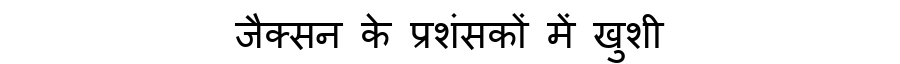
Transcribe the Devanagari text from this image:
जैक्सन के प्रशंसकों में खुशी